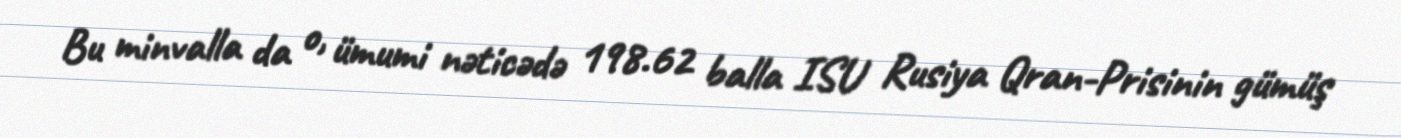
Bu minvalla da o, ümumi nəticədə 198.62 balla ISU Rusiya Qran-Prisinin gümüş